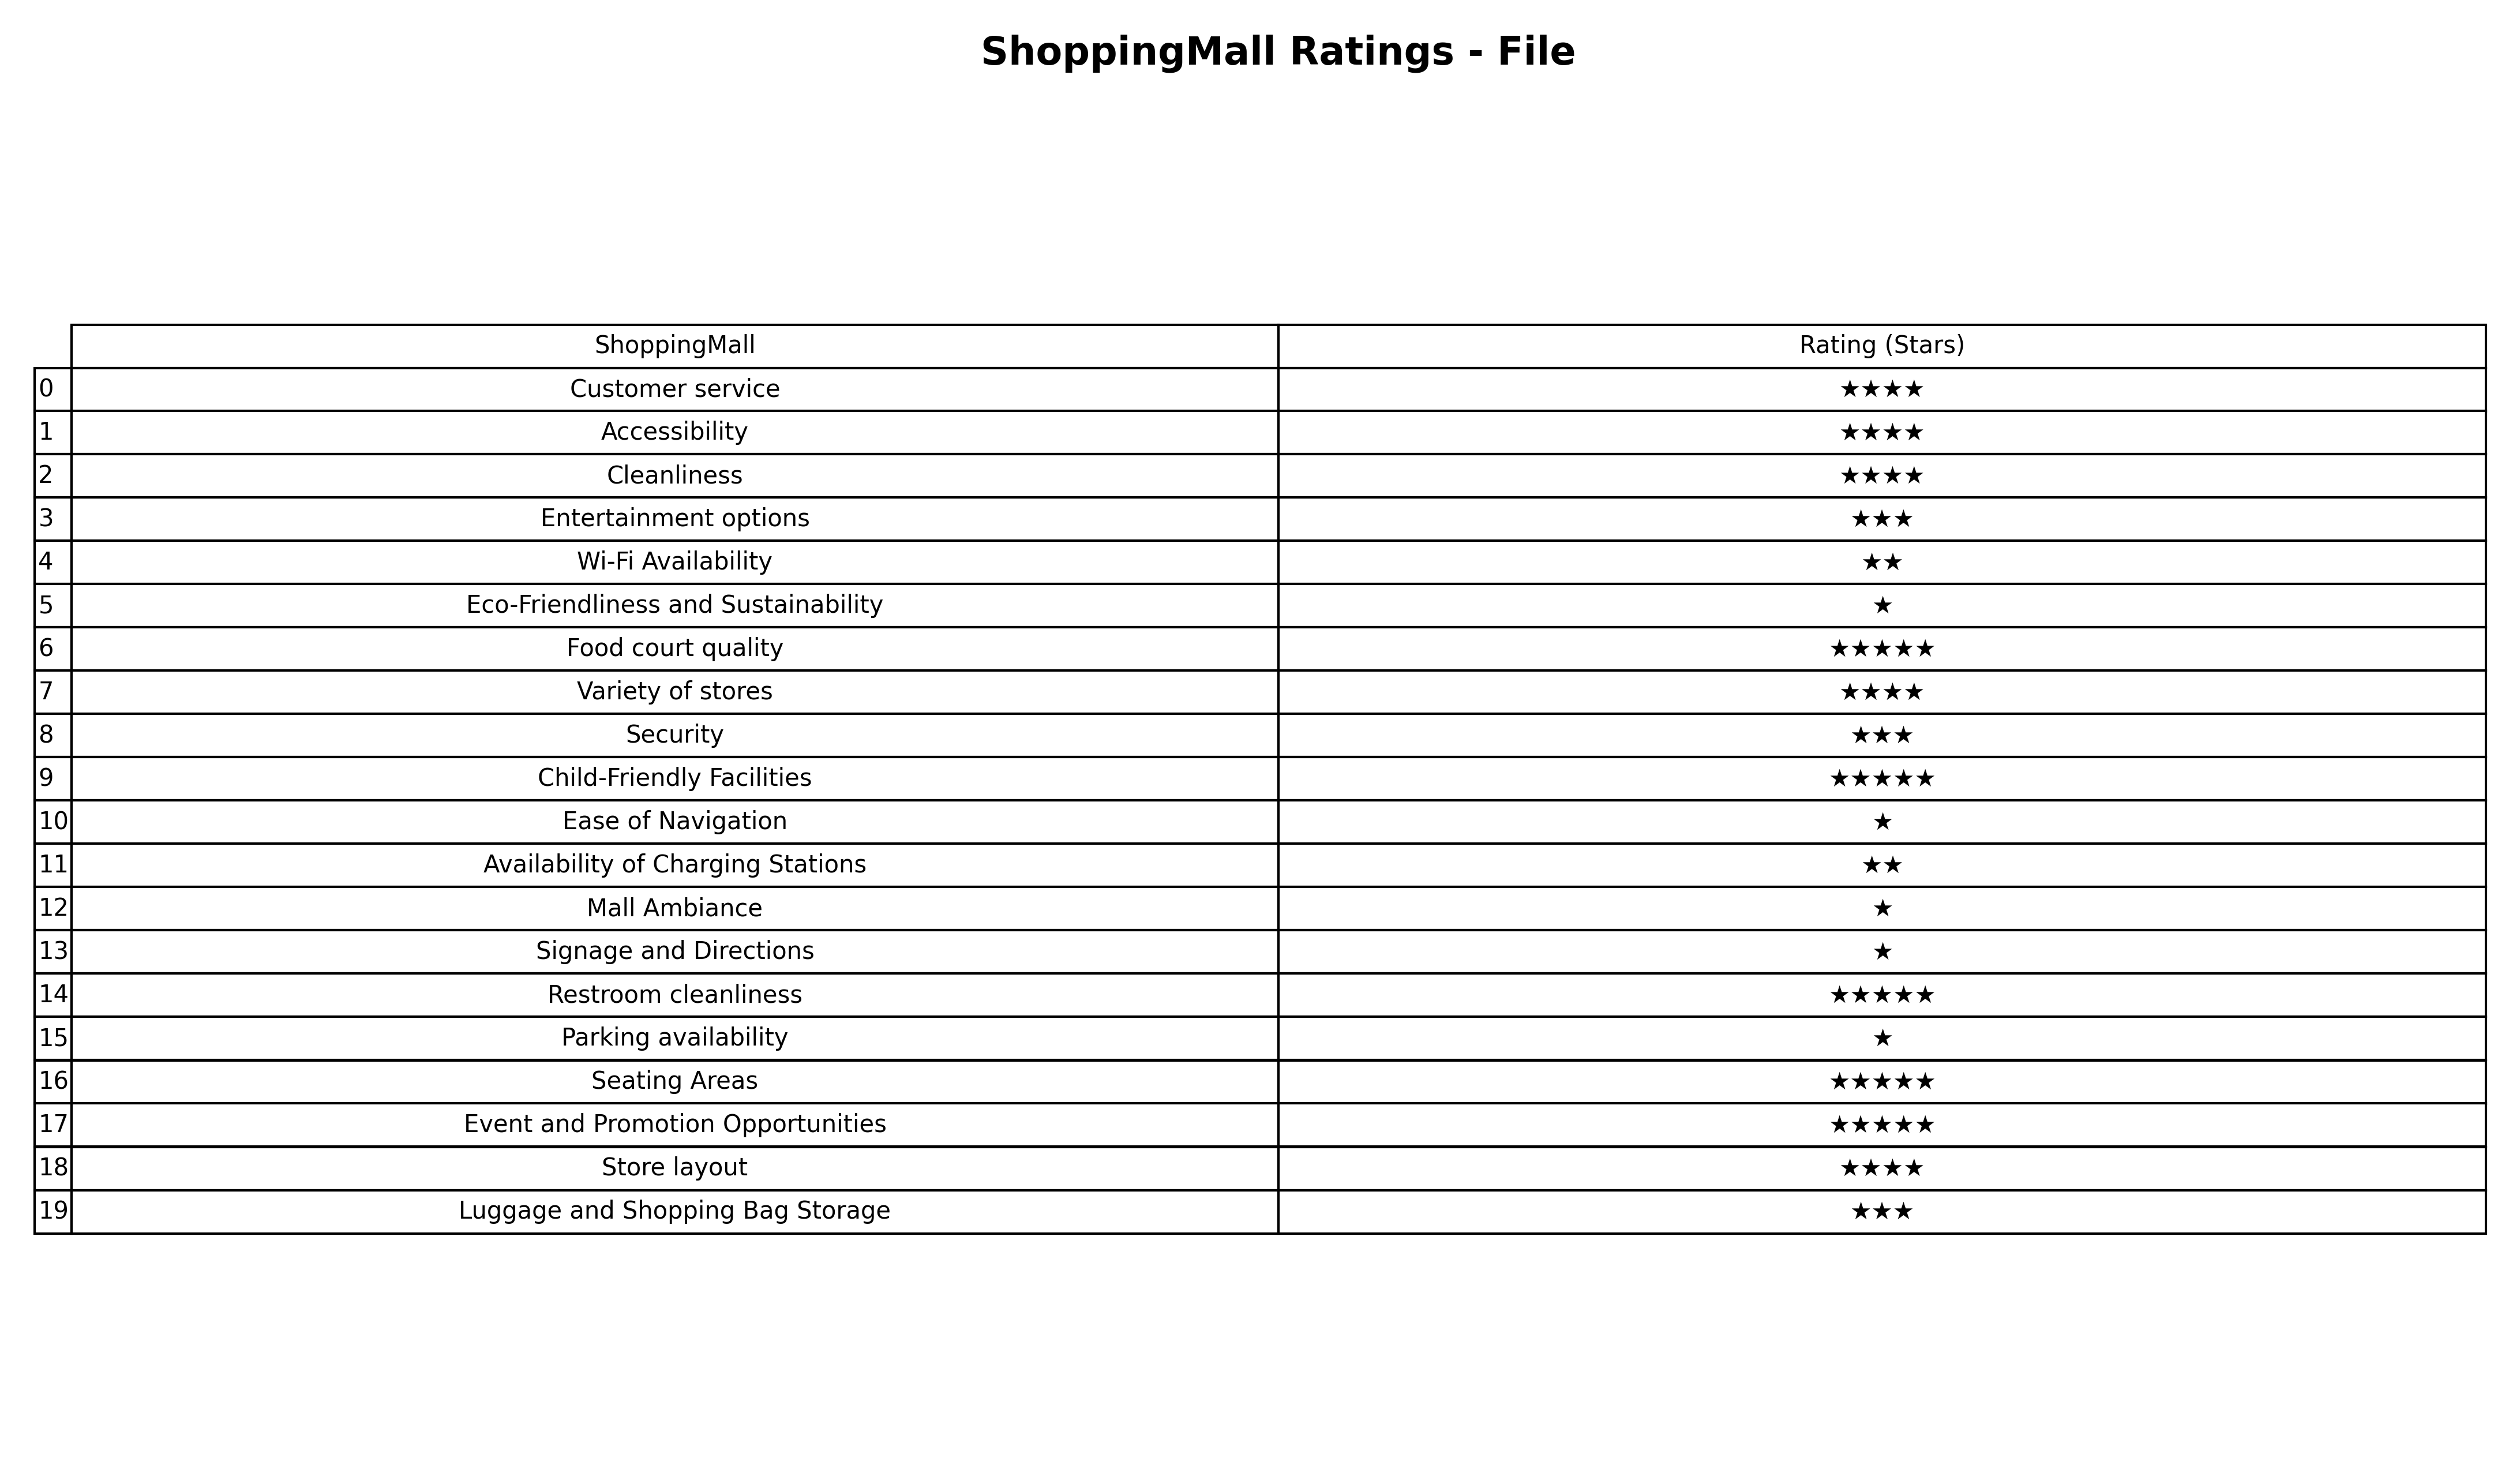
question: What are one star services?
answer: Eco-Friendliness and SustainabilityEase of NavigationMall AmbianceSignage and DirectionsParking availability